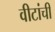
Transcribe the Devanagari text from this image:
वीटांची